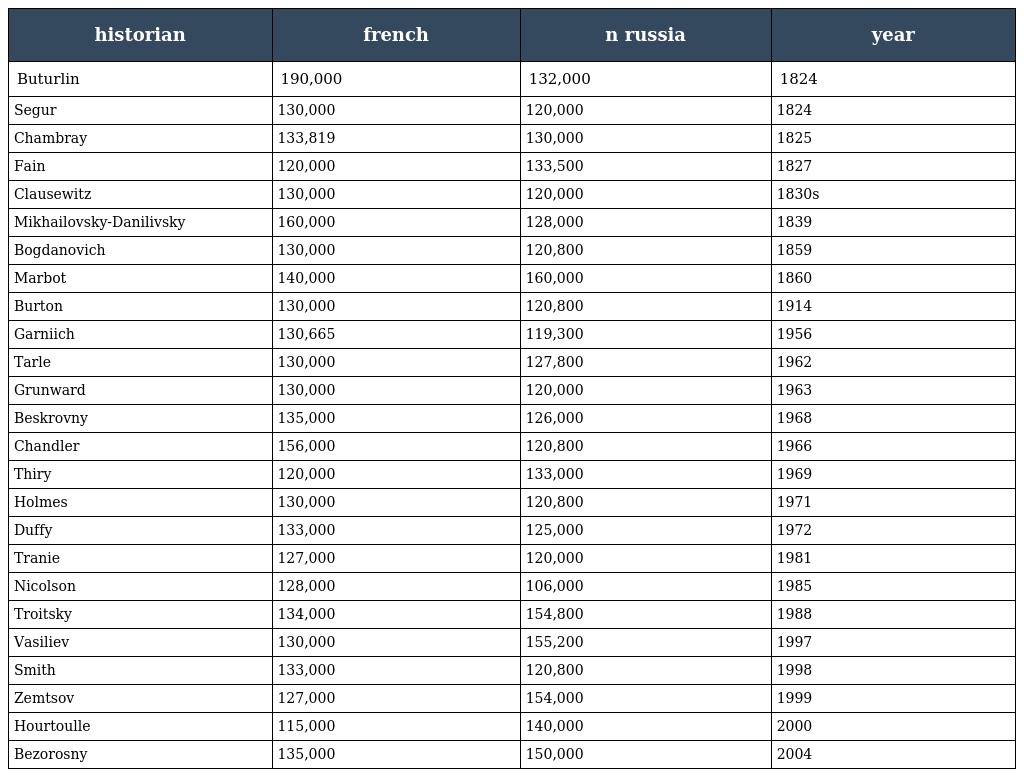
| historian | french | n russia | year |
 | --- | --- | --- | --- |
 | Buturlin | 190,000 | 132,000 | 1824 |
 | Segur | 130,000 | 120,000 | 1824 |
 | Chambray | 133,819 | 130,000 | 1825 |
 | Fain | 120,000 | 133,500 | 1827 |
 | Clausewitz | 130,000 | 120,000 | 1830s |
 | Mikhailovsky-Danilivsky | 160,000 | 128,000 | 1839 |
 | Bogdanovich | 130,000 | 120,800 | 1859 |
 | Marbot | 140,000 | 160,000 | 1860 |
 | Burton | 130,000 | 120,800 | 1914 |
 | Garniich | 130,665 | 119,300 | 1956 |
 | Tarle | 130,000 | 127,800 | 1962 |
 | Grunward | 130,000 | 120,000 | 1963 |
 | Beskrovny | 135,000 | 126,000 | 1968 |
 | Chandler | 156,000 | 120,800 | 1966 |
 | Thiry | 120,000 | 133,000 | 1969 |
 | Holmes | 130,000 | 120,800 | 1971 |
 | Duffy | 133,000 | 125,000 | 1972 |
 | Tranie | 127,000 | 120,000 | 1981 |
 | Nicolson | 128,000 | 106,000 | 1985 |
 | Troitsky | 134,000 | 154,800 | 1988 |
 | Vasiliev | 130,000 | 155,200 | 1997 |
 | Smith | 133,000 | 120,800 | 1998 |
 | Zemtsov | 127,000 | 154,000 | 1999 |
 | Hourtoulle | 115,000 | 140,000 | 2000 |
 | Bezorosny | 135,000 | 150,000 | 2004 |